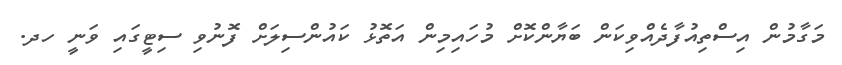
މަގާމުން އިސްތިއުފާދެއްވިކަން ބަޔާންކޮށް މުހައިމިން އަތޮޅު ކައުންސިލަށް ފޮނުވި ސިޓީގައި ވަނީ ހދ.